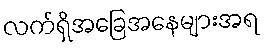
လက်ရှိအခြေအနေများအရ